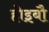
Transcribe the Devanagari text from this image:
होइबौ